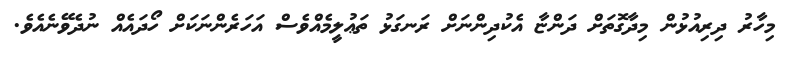
މިހާރު ދިރިއުޅުން މިދާގޮތަށް ދަންޏާ އެކުދިންނަށް ރަނގަޅު ތަޢުލީމެއްވެސް އަހަރެންނަކަށް ހޯދައެއް ނުދެވޭނެއެވެ.